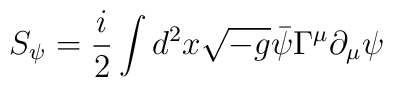
S_{\psi} = \frac{i}{2} \int d^2 x \sqrt{-g} \bar{\psi} \Gamma^{\mu}\partial_{\mu} \psi